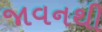
જાવનથી